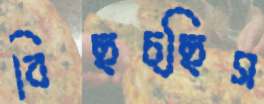
বিছচ্ছিস